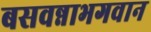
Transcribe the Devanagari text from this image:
बसवन्नाभगवान